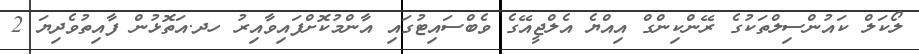
ލޯކަލް ކައުންސިލްތަކުގެ ރޭންކިންގް އިއްޔެ އެލްޖީއޭގެ ވެބްސައިޓުގައި އާންމުކޮށްފައިވާއިރު ހދ.އަތޮޅުން ފާއިތުވެދިޔަ 2